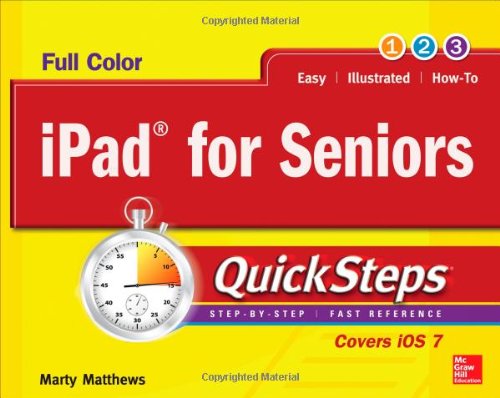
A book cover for iPad for Seniors QuickSteps; Marty Matthews; Parenting & Relationships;